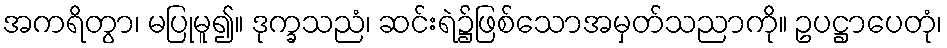
အကရိတွာ၊ မပြုမူ၍။ ဒုက္ခသညံ၊ ဆင်းရဲ၌ဖြစ်သောအမှတ်သညာကို။ ဥပဋ္ဌာပေတုံ၊